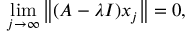
\operatorname* { l i m } _ { j \to \infty } \left\| ( A - \lambda I ) x _ { j } \right\| = 0 ,